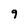
Character: 9